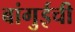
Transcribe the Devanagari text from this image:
बांगुईची